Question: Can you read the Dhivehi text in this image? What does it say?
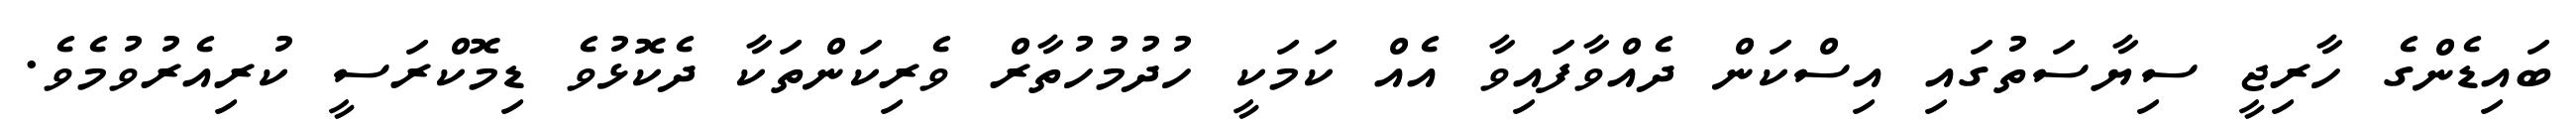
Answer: ބައިޑެންގެ ހާރިޖީ ސިޔާސަތުގައި އިސްކަން ދެއްވާފައިވާ އެއް ކަމަކީ ހުދުމުހުތާރް ވެރިކަންތަކާ ދެކޮޅުވެ ޑިމޮކްރަސީ ކުރިއެރުވުމެވެ.